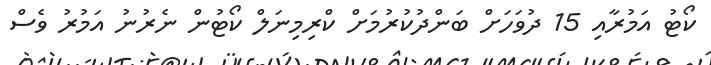
ކޯޓު އަމުރާއި 15 ދުވަހަށް ބަންދުކުރުމަށް ކްރިމިނަލް ކޯޓުން ނެރުނު އަމުރު ވެސް